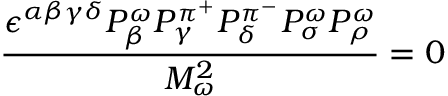
{ \frac { \epsilon ^ { \alpha \beta \gamma \delta } P _ { \beta } ^ { \omega } P _ { \gamma } ^ { \pi ^ { + } } P _ { \delta } ^ { \pi ^ { - } } P _ { \sigma } ^ { \omega } P _ { \rho } ^ { \omega } } { M _ { \omega } ^ { 2 } } } = 0